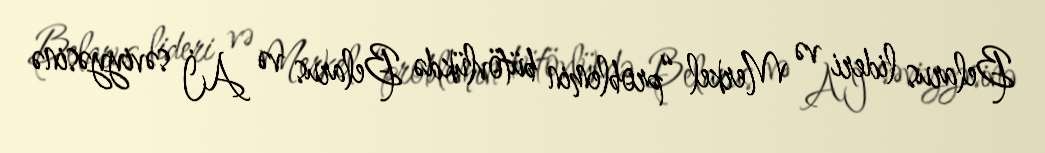
Belarus lideri və Merkel “problemin bütövlükdə Belarus və Aİ səviyyəsinə